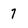
Character: 7